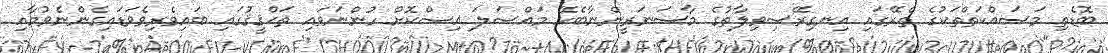
ބޮޑެތި މަސައްކަތްތަކުގެ ތެރޭގައި އިނގިރޭސިވިލާތުގެ މާސަނަރީންނާބެހޭ މައްސަލަ އިސްކޮށް ހުންނަވައި ތަޙްޤީޤުގައި ބައިވެރިވެވަޑައިގެންނެވުމާއި